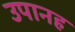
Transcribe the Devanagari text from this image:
उपानह